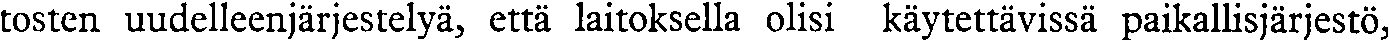
tosten uudelleenjärjestelyä, että laitoksella olisi käytettävissä paikallisjärjestö,